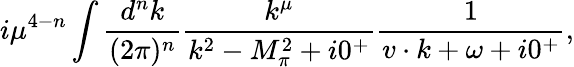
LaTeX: i\mu^{4-n}\int\frac{d^{n}k}{(2\pi)^{n}}\frac{k^{\mu}}{k^{2}-M_{\pi}^{2}+i0^{+}}\frac{1}{v\cdot k+\omega+i0^{+}},